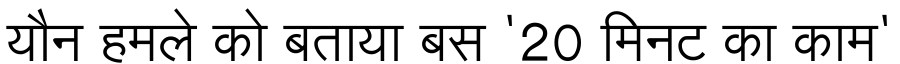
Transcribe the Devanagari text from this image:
यौन हमले को बताया बस '20 मिनट का काम'